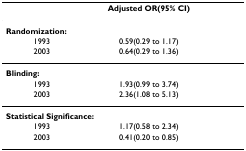
<table><thead><tr><td></td><td><b>Adjusted OR(95% CI)</b></td></tr></thead><tbody><tr><td colspan="2"><b>Randomization:</b></td></tr><tr><td>1993</td><td>0.59(0.29 to 1.17)</td></tr><tr><td>2003</td><td>0.64(0.29 to 1.36)</td></tr><tr><td colspan="2"><b>Blinding:</b></td></tr><tr><td>1993</td><td>1.93(0.99 to 3.74)</td></tr><tr><td>2003</td><td>2.36(1.08 to 5.13)</td></tr><tr><td colspan="2"><b>Statistical Significance:</b></td></tr><tr><td>1993</td><td>1.17(0.58 to 2.34)</td></tr><tr><td>2003</td><td>0.41(0.20 to 0.85)</td></tr></tbody></table>